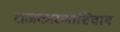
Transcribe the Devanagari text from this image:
राजकारणाशिवाय